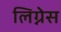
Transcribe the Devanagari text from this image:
लिग्नेस